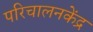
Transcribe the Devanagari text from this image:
परिचालनकेंद्र